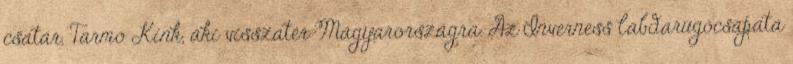
csatár, Tarmo Kink, aki visszatér Magyarországra. Az Inverness labdarúgócsapata